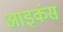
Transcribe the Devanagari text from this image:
आइकंस